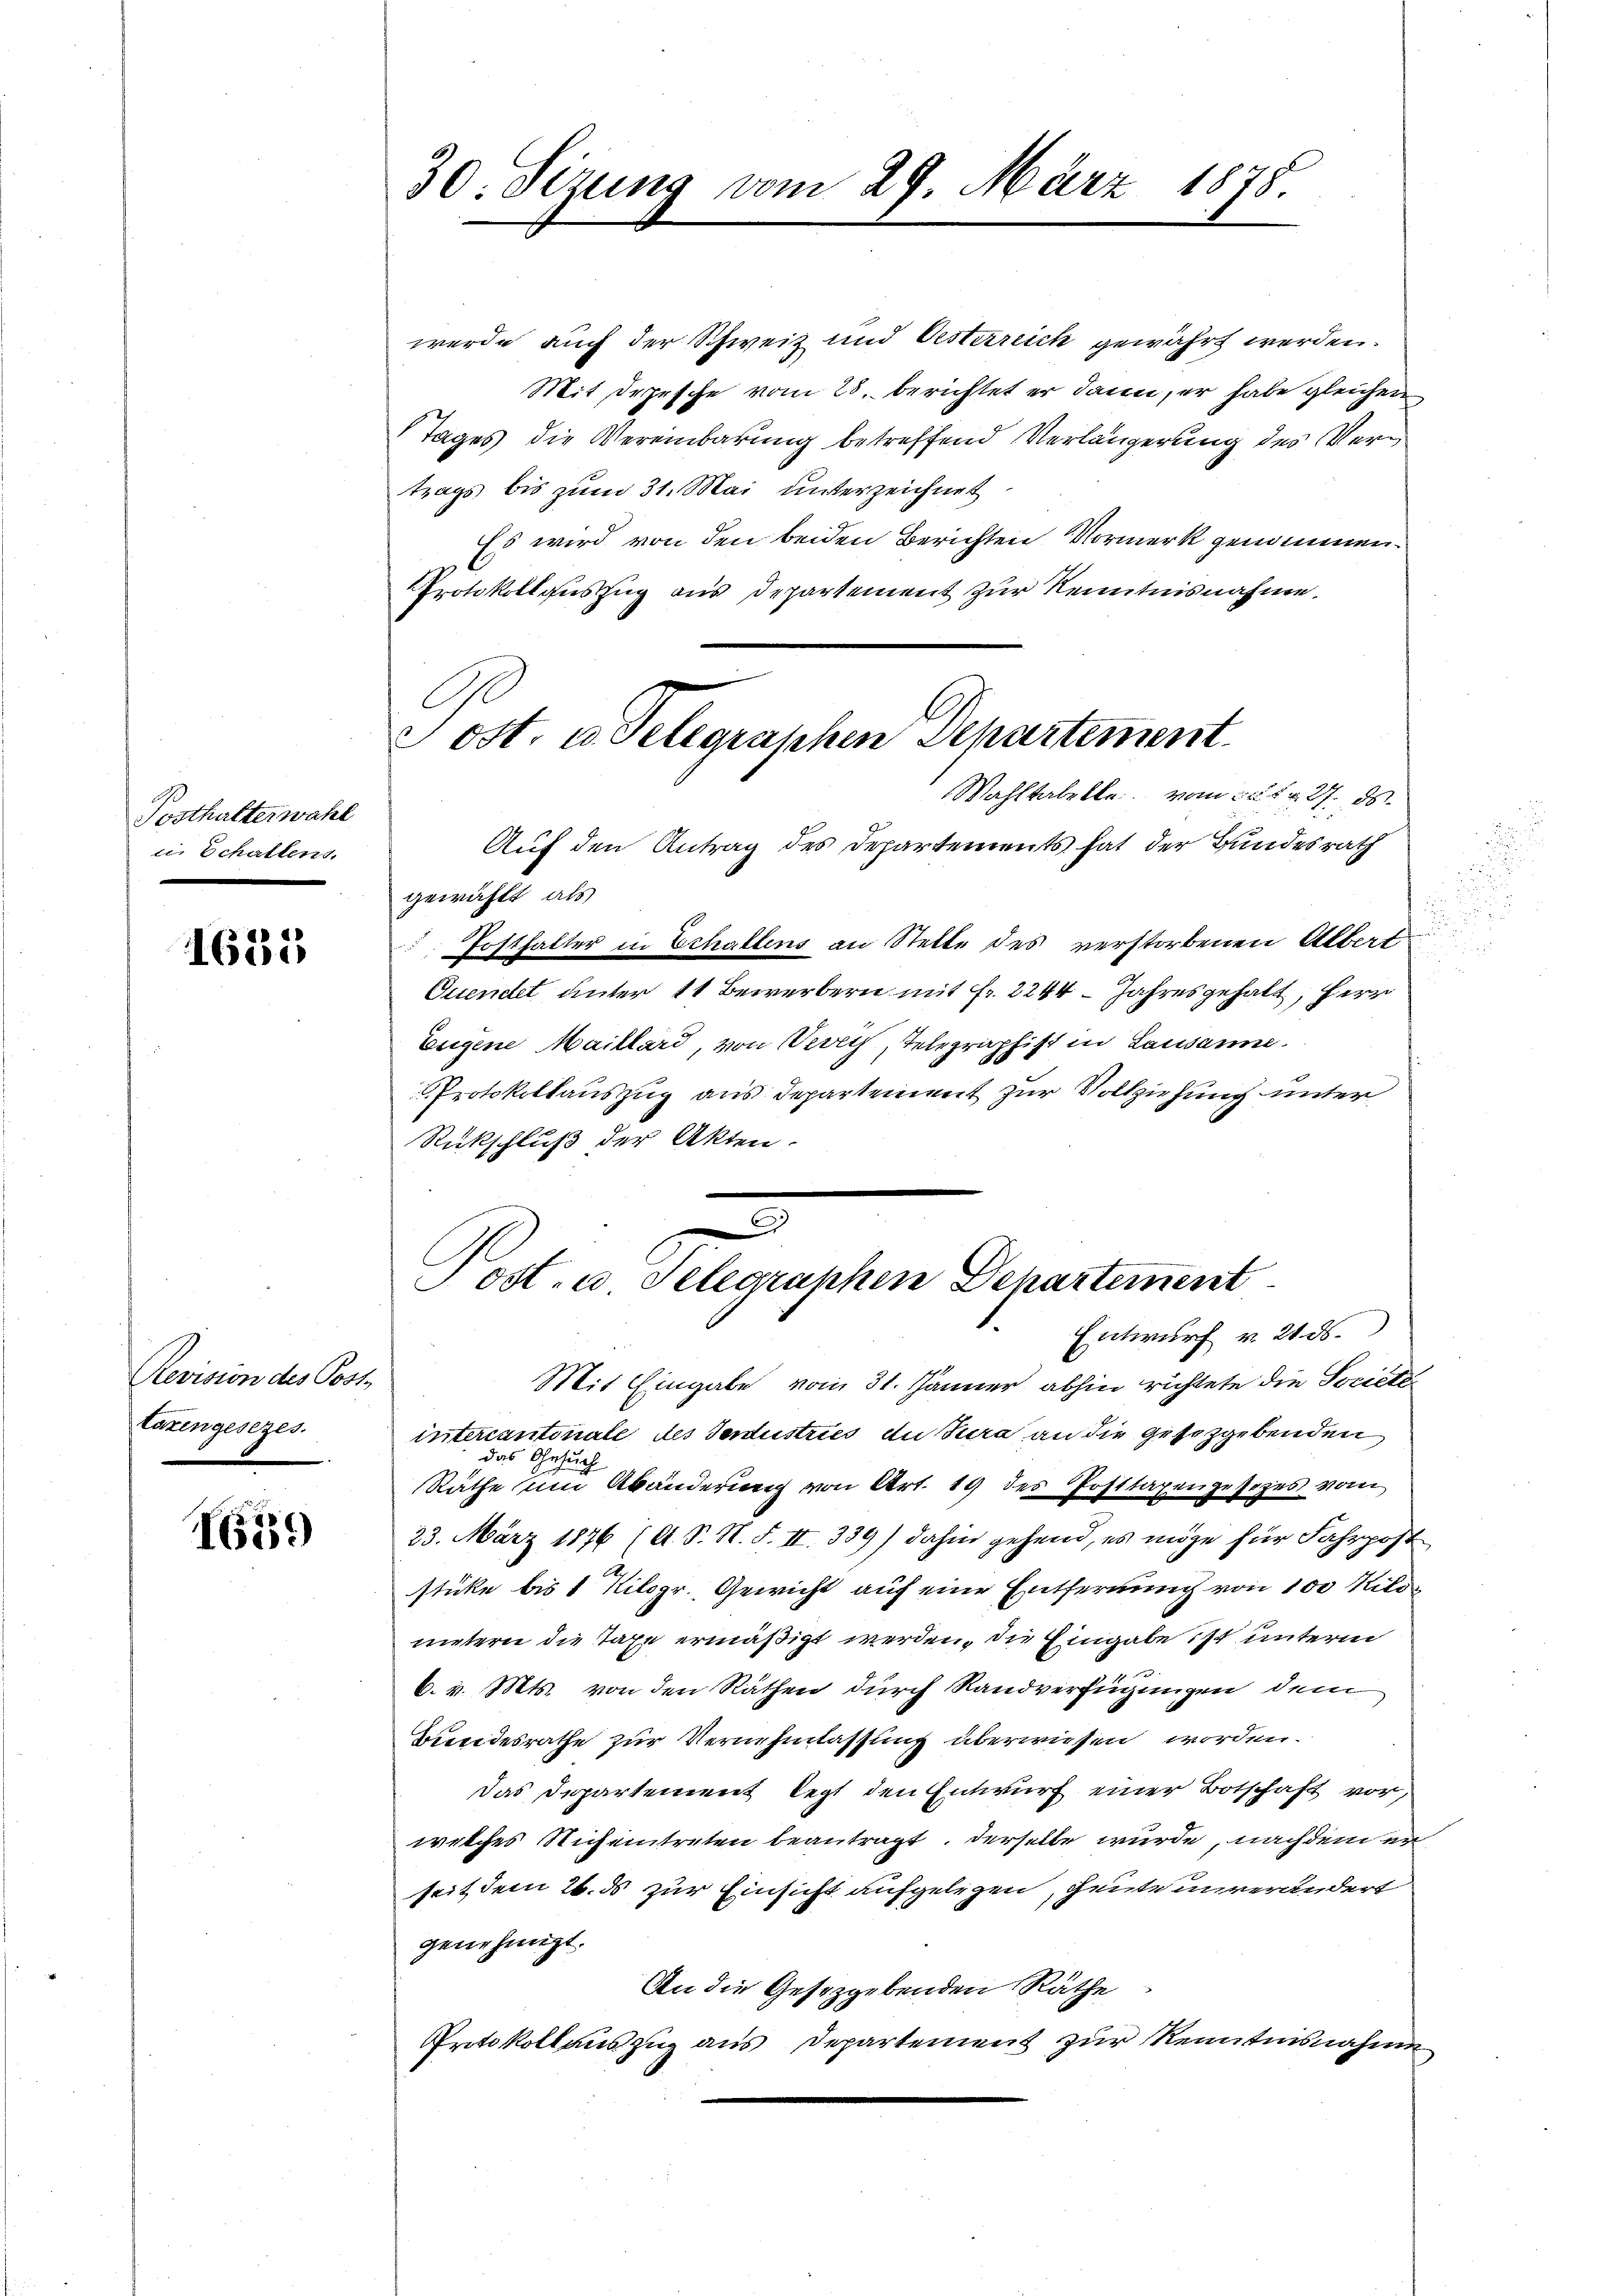
Posthalterwahl
ii Schallens.

1631

Revision des Post
taxengesezes.

1659

30. Sizung vom 29. März 1878.

werde auch der Schweiz und Oesterreich gewährt werden.
Mit Depesche vom 25. berichtet er dann, er habe gleichen
Tages die Vereinbarung betreffend Verlängerung des Vertrags bis zum 31. Mai unterzeichnet
Es wird von den beiden Berichten Vormerk genommen.
Protokollauszug aus Departement zur Kenntnisnahme.
Wahltabelle vom 25. d. 27. ds.
Auf den Antrag des Departements hat der Bundesrath
gewählt, als
 Posthalter in Echallens an Stette des verstorbenen Albert
.
Cuendet unter 11 Bewerbern mit Fr. 2244. Jahresgehalt, Herr
Eeigene Maillard, von Kirch, Telegraphist in Lausanne.
Protokollauszug aus Departement zur Vollziehung unter
Rückschluß der Akten.
3

ost. u. Telegraphen Departement

ost, u. Telegraphen Departement
Entwurf v. 21. ds.

Mit Eingabe vom 31. Jänner abhin richtete die Societe
intercantonale des Industries du Jura an die gesetzgebenden
das Gesuch
Räthe um Abänderung von Art. 19 des Posttaxengesezes vom
23. März 1876 (A. S. N. F. II. 339) dahin gehend, es möge für Fahrpost
stücke bis 1 Kilogr. Gewicht auf eine Entfernung von 100 Kilo
untern die Taxe ermäßigt werden, die Eingabe ist unterm
6. v. Mts. von den Räthen durch Randverfügungen dem
Bundesrathe zur Vernehmlassung überwiesen worden.
Das Departement legt den Entwurf einer Botschaft vor,
welches Sicheintreten beantragt. Derselbe wurde, nachdem er
seit dem 26. ds zur Einsicht aufgelegen, heute unverändert
genehmigt.
An die Gesetzgebenden Räthe
Protokollauszug aus Departement zur Kenntnisnahme